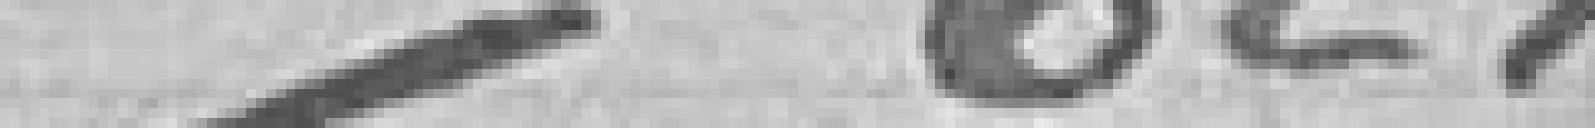
/ 624